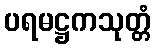
ပရမဋ္ဌကသုတ္တံ